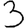
Digit: 3